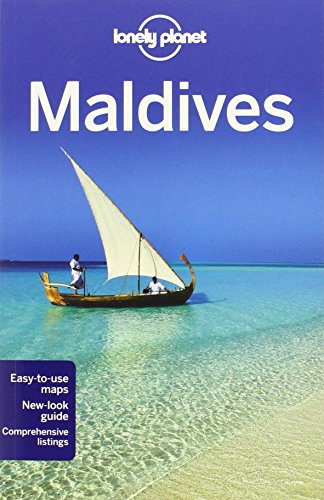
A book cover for Lonely Planet Maldives (Travel Guide) by Lonely Planet (12-Oct-2012) Paperback; Lonely Planet; Travel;